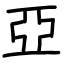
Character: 亞